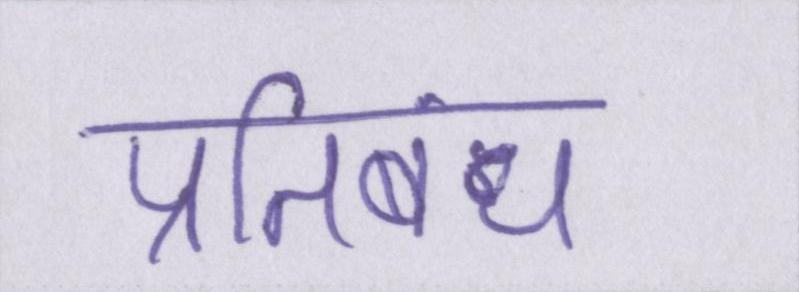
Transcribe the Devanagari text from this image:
प्रतिबंध